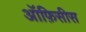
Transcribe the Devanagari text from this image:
ऑफ़िसीस